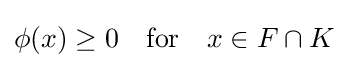
\phi (x)\geq 0\quad {\text{for}}\quad x\in F\cap K